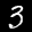
Label: 3